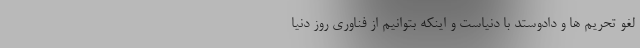
لغو تحریم ها و دادوستد با دنیاست و اینکه بتوانیم از فناوری روز دنیا